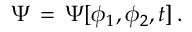
\Psi \, = \, \Psi [ \phi _ { 1 } , \phi _ { 2 } , t ] \, .